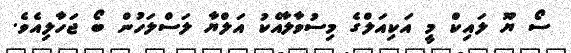
ސޯ ޔޫ ލައިކް މީ އަކިއަލްގެ މިސުވާލާއެކު އަލްޔާ ލަސްލަހުން ބޯ ޖަހާލިއެވެ.